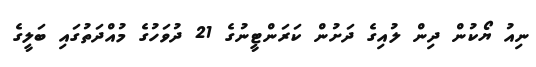
ނިއު ޔޯކުން ދިން ލުއިގެ ދަށުން ކަރަންޓީނުގެ 21 ދުވަހުގެ މުއްދަތުގައި ބަލީގެ